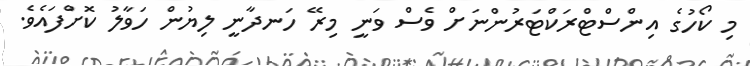
މި ކޯހުގެ އިންސްޓްރަކްޓަރުންނަށް ވެސް ވަނީ މިރޭ ހަނދާނީ ލިޔުން ހަވާލު ކޮށްފައެވެ.